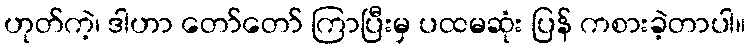
ဟုတ်ကဲ့၊ ဒါဟာ တော်တော် ကြာပြီးမှ ပထမဆုံး ပြန် ကစားခဲ့တာပါ။